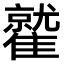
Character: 𩀻